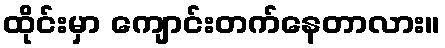
ထိုင်းမှာ ကျောင်းတက်နေတာလား။